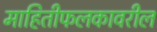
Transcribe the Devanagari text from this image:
माहितीफलकावरील